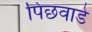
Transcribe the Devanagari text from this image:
पिछवाडे